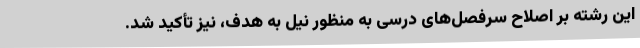
این رشته بر اصلاح سرفصل‌های درسی به منظور نیل به هدف، نیز تأکید شد.